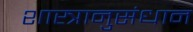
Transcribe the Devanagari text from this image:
शास्त्रानुसंधान